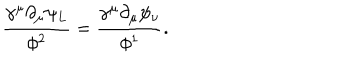
\frac { \gamma ^ { \mu } \partial _ { \mu } \psi _ { L } } { \phi ^ { 2 } } = \frac { \gamma ^ { \mu } \partial _ { \mu } \psi _ { \nu } } { \phi ^ { 1 } } .